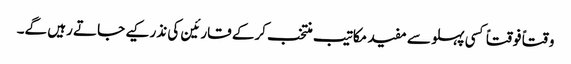
وقتاً فوقتاً کسی پہلو سے مفید مکاتیب منتخب کرکے قارئین کی نذر کیے جاتے رہیں گے۔